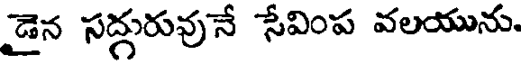
డైన సద్గురువునే సేవింప వలయును.